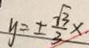
y = \pm \frac { \sqrt { 3 } } { 3 } x .